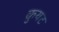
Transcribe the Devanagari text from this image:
कुयट